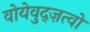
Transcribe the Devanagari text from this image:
वोयेवुद्ज़त्वो